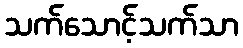
သက်သောင့်သက်သာ